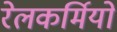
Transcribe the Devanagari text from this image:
रेलकर्मियों